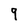
Character: 9